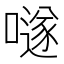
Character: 𡀟